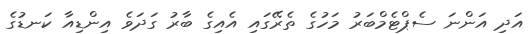
އަދި އަންނަ ސެޕްޓެމްބަރު މަހުގެ ތެރޭގައި އެއިގެ ބާރު ގަދަވެ އިންޑިއާ ކަނޑުގެ